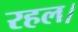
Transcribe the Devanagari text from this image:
रहल।